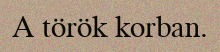
A török korban.